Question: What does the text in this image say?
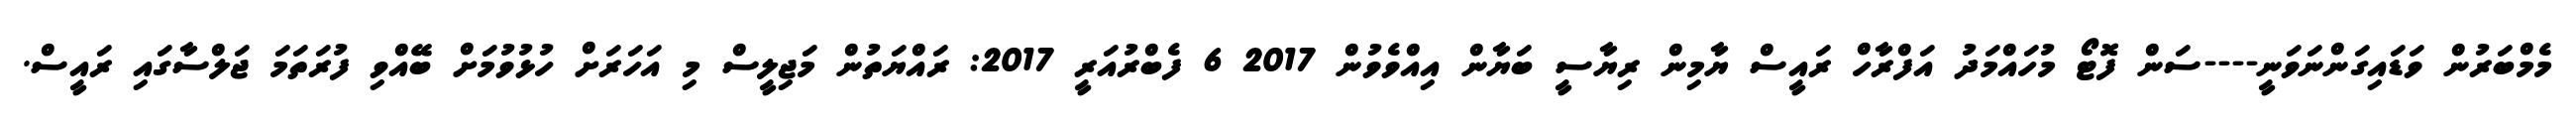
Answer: މެމްބަރުން ވަޑައިގަންނަވަނީ----ސަން ފޮޓޯ މުހައްމަދު އަފްރާހް ރައީސް ޔާމިން ރިޔާސީ ބަޔާން އިއްވެވުން 2017 6 ފެބްރުއަރީ 2017: ރައްޔަތުން މަޖިލީސް މި އަހަރަށް ހުޅުވުމަށް ބޭއްވި ފުރަތަމަ ޖަލްސާގައި ރައީސް.